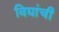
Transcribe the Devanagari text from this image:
विद्यांची